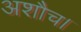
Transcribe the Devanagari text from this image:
अशौच।